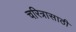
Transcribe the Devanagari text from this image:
चरित्रासाठी